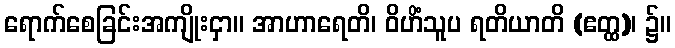
ရောက်စေခြင်းအကျိုးငှာ။ အာဟာရေတိ၊ ဝိဟိံသူပ ရတိယာတိ (ဧတ္ထ)၊ ၌။